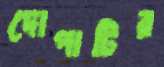
দোপাটির